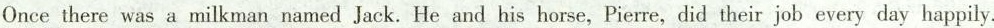
Once there was a milkman named Jack. He and his horse, Pierre,did their job every day happily.